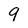
Character: 9